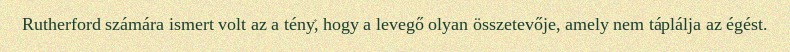
Rutherford számára ismert volt az a tény, hogy a levegő olyan összetevője, amely nem táplálja az égést.